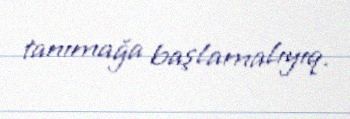
tanımağa başlamalıyıq.